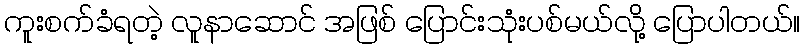
ကူးစက်ခံရတဲ့ လူနာဆောင် အဖြစ် ပြောင်းသုံးပစ်မယ်လို့ ပြောပါတယ်။